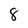
Character: 8